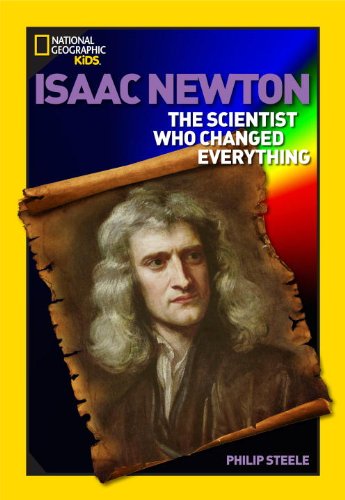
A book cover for World History Biographies: Isaac Newton: The Scientist Who Changed Everything (National Geographic World History Biographies); Philip Steele; Children's Books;